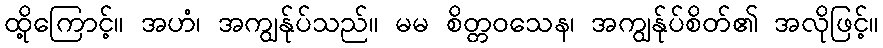
ထို့ကြောင့်။ အဟံ၊ အကျွန်ုပ်သည်။ မမ စိတ္တဝသေန၊ အကျွန်ုပ်စိတ်၏ အလိုဖြင့်။